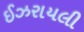
ઈઝરાયલી